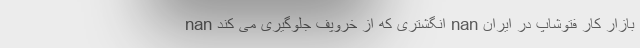
nan انگشتری که از خروپف جلوگیری می کند nan بازار کار فتوشاپ در ایران